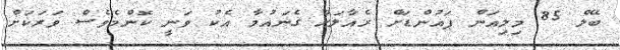
ބޭލް 85 މިލިއަން ޕައުންޑަށް ރެއާލަށް ގެނައުމާ އެކު ވަނީ ކޮންމެވެސް ވަރަކަށް